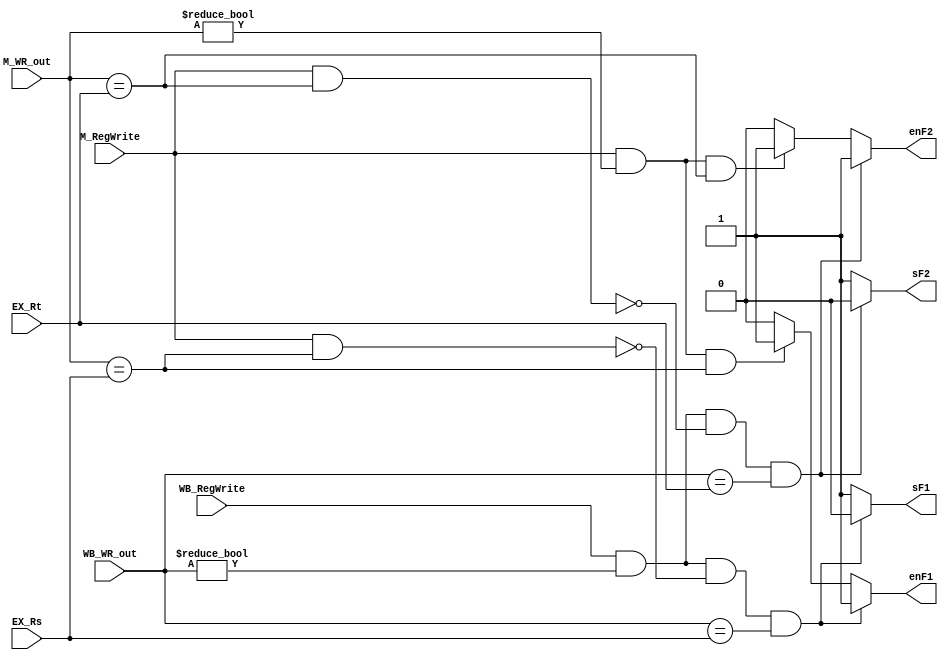
// Forwarding Unit

module FU ( 		// input
			EX_Rs,
            		EX_Rt,
			M_RegWrite,
			M_WR_out,
			WB_RegWrite,
			WB_WR_out,
			// output
			enF1,
			enF2,
			sF1,
			sF2
			);

	input [4:0] EX_Rs;
    	input [4:0] EX_Rt;
    	input M_RegWrite;
    	input [4:0] M_WR_out;
    	input WB_RegWrite;
    	input [4:0] WB_WR_out;

	output enF1;
    	output enF2;
    	output sF1;
    	output sF2;

	reg enF1;
	reg enF2;
	reg sF1;
	reg sF2;

	always @(*) begin

        	enF1 = 0;
		enF2 = 0;
		sF1 = 1;
		sF2 = 1;

		if(M_RegWrite==1 && M_WR_out!=0 && M_WR_out==EX_Rs) begin				//ok
		    sF1  = 1;
		    enF1 = 1;
		end
		if(M_RegWrite==1 && M_WR_out!=0 && M_WR_out==EX_Rt) begin				//ok
		    	sF2  = 1;
		    	enF2 = 1;
		end
		
		/* ----------------------- */
		if(WB_RegWrite==1 && WB_WR_out!=0 && (!(M_RegWrite&&M_WR_out == EX_Rs)) && (WB_WR_out==EX_Rs)) begin
		    sF1  = 0;
		    enF1 = 1;
		end
		
		if(WB_RegWrite==1 && WB_WR_out!=0 && (!( M_RegWrite&&M_WR_out == EX_Rt))&& WB_WR_out==EX_Rt) begin
		    	sF2  = 0;
		    	enF2 = 1;
		end
		/* ----------------------- */
	end

endmodule